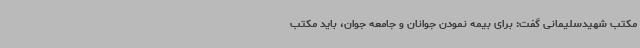
مکتب شهیدسلیمانی گفت: برای بیمه نمودن جوانان و جامعه جوان، باید مکتب